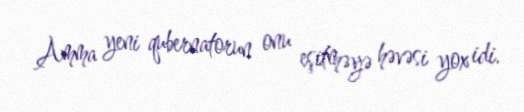
Amma yeni qubernatorun onu eşitməyə həvəsi yox idi.